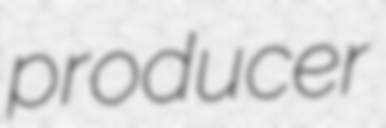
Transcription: producer